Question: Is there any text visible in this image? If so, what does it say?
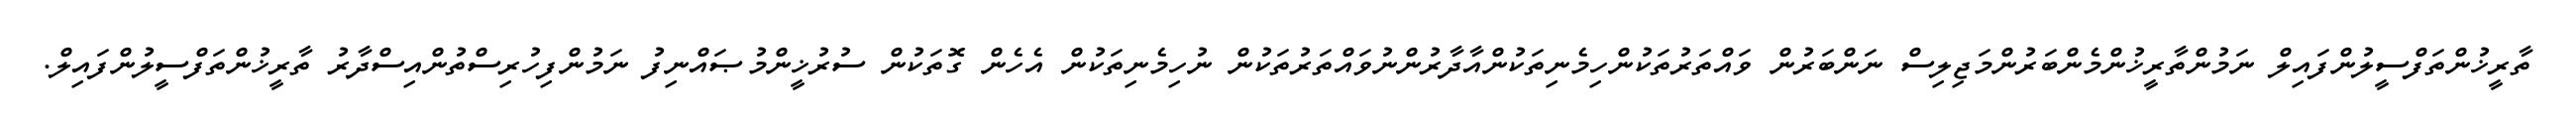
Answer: ތާރީޚުންތަފްސީލުންފައިލް ނަމުންތާރީޚުންމެންބަރުންމަޖިލިސް ނަންބަރުން ވައްތަރުތަކުންހިމެނިތަކުންއާދާރުންނުވައްތަރުތަކުން ނުހިމެނިތަކުން އެހެން ގޮތަކުން ސުރުޚީންމުޞައްނިފު ނަމުންފިހުރިސްތުންއިސްދާރު ތާރީޚުންތަފްސީލުންފައިލް.